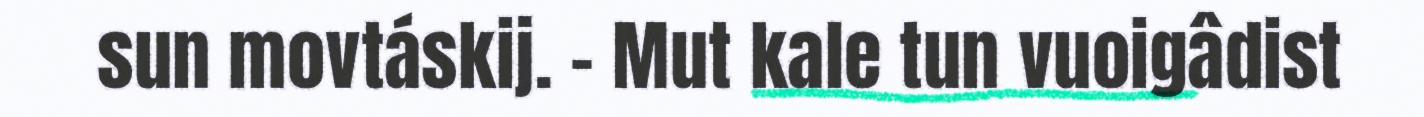
sun movtáskij. - Mut kale tun vuoigâdist